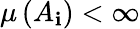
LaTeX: \mu\left(A_{\mathbf{i}}\right)<\infty